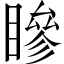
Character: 𥊀